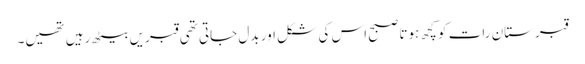
قبرستان رات کو کچھ ہوتا صبح اس کی شکل اور بدل جاتی تھی قبریں بیٹھ رہیں تھیں۔